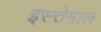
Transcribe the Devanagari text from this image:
इस्त्तेमाल